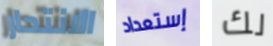
الانتحار إستعداد لك